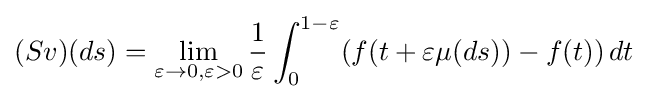
(Sv)(ds)=\lim _{\varepsilon \to 0,\varepsilon >0}{\frac {1}{\varepsilon }}\int _{0}^{1-\varepsilon }(f(t+\varepsilon \mu (ds))-f(t))\,dt